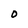
Character: 0